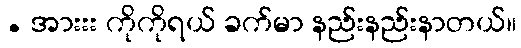
. အားးး ကိုကိုရယ် ခက်မာ နည်းနည်းနာတယ်။